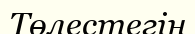
Төлестегін